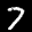
Label: 7